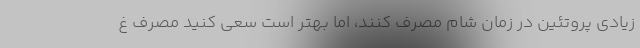
زیادی پروتئین در زمان شام مصرف کنند، اما بهتر است سعی کنید مصرف غ